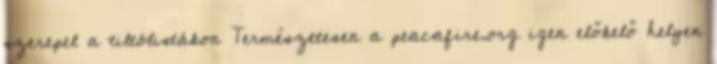
szerepel a tiltólistákon Természetesen a peacafire.org igen előkelő helyen